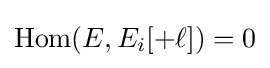
\operatorname {Hom} (E,E_{i}[+\ell ])=0